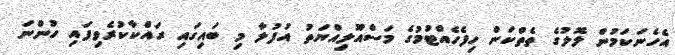
އެހެނަކަމުން ލޮލުގެ ތެތްކަން ހިފެހެއްޓުމުގެ މަސްއޫލިއްޔަތު އުފުލާ މި ބައިގައި ރައްކާކުރެވިފައި ހުންނަ